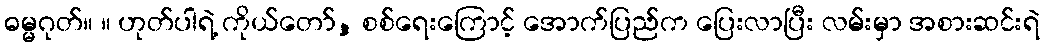
ဓမ္မဂုတ်။ ။ ဟုတ်ပါရဲ့ ကိုယ်တော်, စစ်ရေးကြောင့် အောက်ပြည်က ပြေးလာပြီး လမ်းမှာ အစားဆင်းရဲ